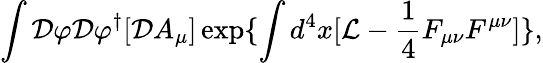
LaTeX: \int{\cal D}\varphi{\cal D}\varphi^{\dagger}[{\cal D}A_{\mu}]\exp\{ \int d^{4}x[{\cal L}-\frac{1}{4}F_{\mu\nu}F^{\mu\nu}]\} ,